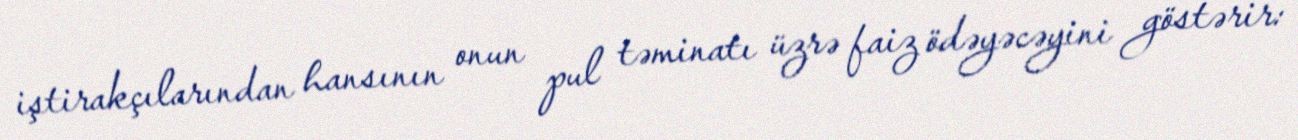
iştirakçılarından hansının onun pul təminatı üzrə faiz ödəyəcəyini göstərir: